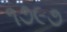
૧૭૯૭